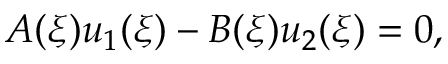
A ( \xi ) u _ { 1 } ( \xi ) - B ( \xi ) u _ { 2 } ( \xi ) = 0 ,